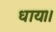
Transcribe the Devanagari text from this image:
धाय।।